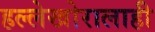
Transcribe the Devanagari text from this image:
हल्लेखोरालाही